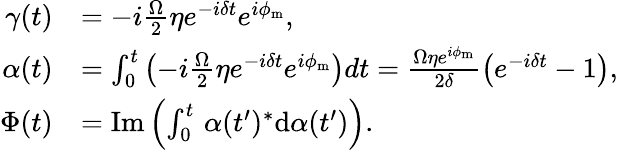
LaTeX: \begin{array}{rl}{\gamma(t)}&{=-i\frac{\Omega}{2}\eta e^{-i\delta t}e^{i\phi_{\mathrm{m}}},}\\ {\alpha(t)}&{=\int_{0}^{t}\left(-i\frac{\Omega}{2}\eta e^{-i\delta t}e^{i\phi_{\mathrm{m}}}\right)dt=\frac{\Omega\eta e^{i\phi_{\mathrm{m}}}}{2\delta}\left(e^{-i\delta t}-1\right),}\\ {\Phi(t)}&{=\mathrm{Im}\left(\int_{0}^{t}\, \alpha(t^{\prime})^{*}\mathrm{d}\alpha(t^{\prime})\right).}\end{array}